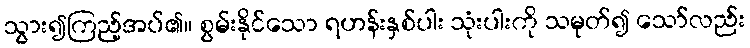
သွား၍ကြည့်အပ်၏။ စွမ်းနိုင်သော ရဟန်းနှစ်ပါး သုံးပါးကို သမုတ်၍ သော်လည်း